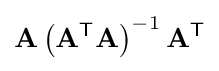
\mathbf {A} \left(\mathbf {A} ^{\textsf {T}}\mathbf {A} \right)^{-1}\mathbf {A} ^{\textsf {T}}